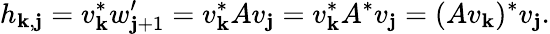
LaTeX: h_{\mathbf{k},\mathbf{j}}=v_{\mathbf{k}}^{*}w_{\mathbf{j}+1}^{\prime}=v_{\mathbf{k}}^{*}Av_{\mathbf{j}}=v_{\mathbf{k}}^{*}A^{*}v_{\mathbf{j}}=(Av_{\mathbf{k}})^{*}v_{\mathbf{j}}.